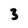
Character: 3